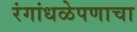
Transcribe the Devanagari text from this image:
रंगांधळेपणाचा